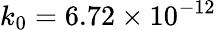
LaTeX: k_{0}=6.72\times 10^{-12}